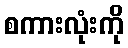
စကားလုံးကို